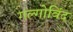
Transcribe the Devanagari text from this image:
गल्गोविंद